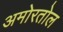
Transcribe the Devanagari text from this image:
अमोरतोल